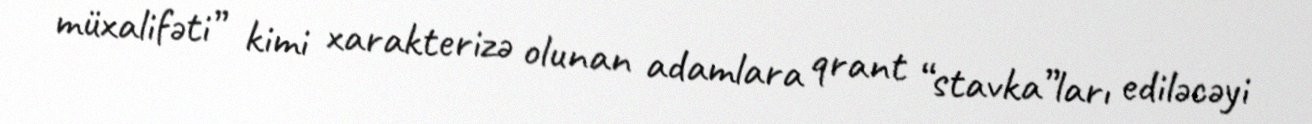
müxalifəti” kimi xarakterizə olunan adamlara qrant “stavka”ları ediləcəyi